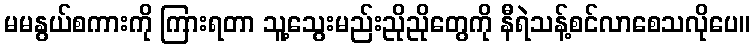
မမနွယ်စကားကို ကြားရတာ သူ့သွေးမည်းညိုညိုတွေကို နီရဲသန့်စင်လာစေသလိုပေ။